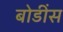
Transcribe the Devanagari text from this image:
बोडींस